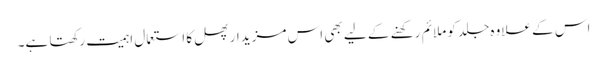
اس کے علاوہ جلد کو ملائم رکھنے کے لیے بھی اس مزیدار پھل کا استعمال اہمیت رکھتا ہے۔